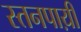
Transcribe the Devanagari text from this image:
स्तनपाय़ी